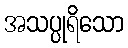
အသပ္ပုရိသော